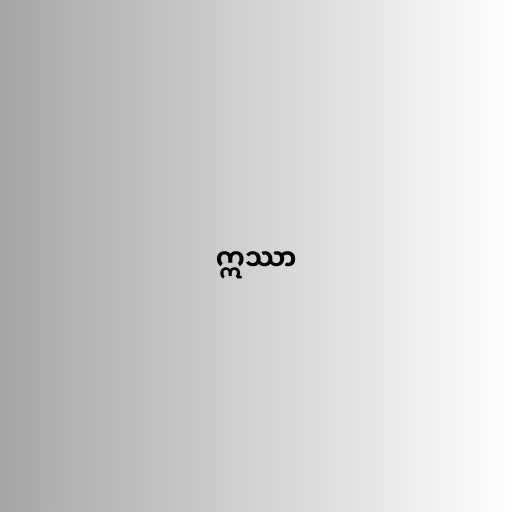
ဣဿာ